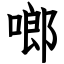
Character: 啷